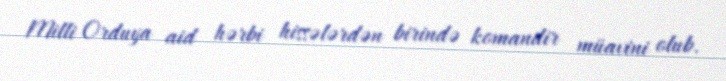
Milli Orduya aid hərbi hissələrdən birində komandir müavini olub.